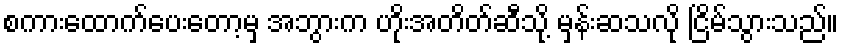
စကားထောက်ပေးတော့မှ အဘွားက ဟိုးအတိတ်ဆီသို့ မှန်းဆသလို ငြိမ်သွားသည်။